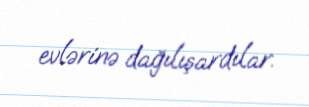
evlərinə dağılışardılar.